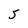
Character: 5